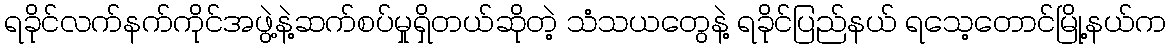
ရခိုင်လက်နက်ကိုင်အဖွဲ့နဲ့ဆက်စပ်မှုရှိတယ်ဆိုတဲ့ သံသယတွေနဲ့ ရခိုင်ပြည်နယ် ရသေ့တောင်မြို့နယ်က